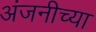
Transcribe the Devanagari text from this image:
अंजनीच्या